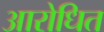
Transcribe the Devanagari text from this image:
आरोधित